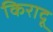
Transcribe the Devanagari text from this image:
किरादू